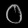
Digit: ၀